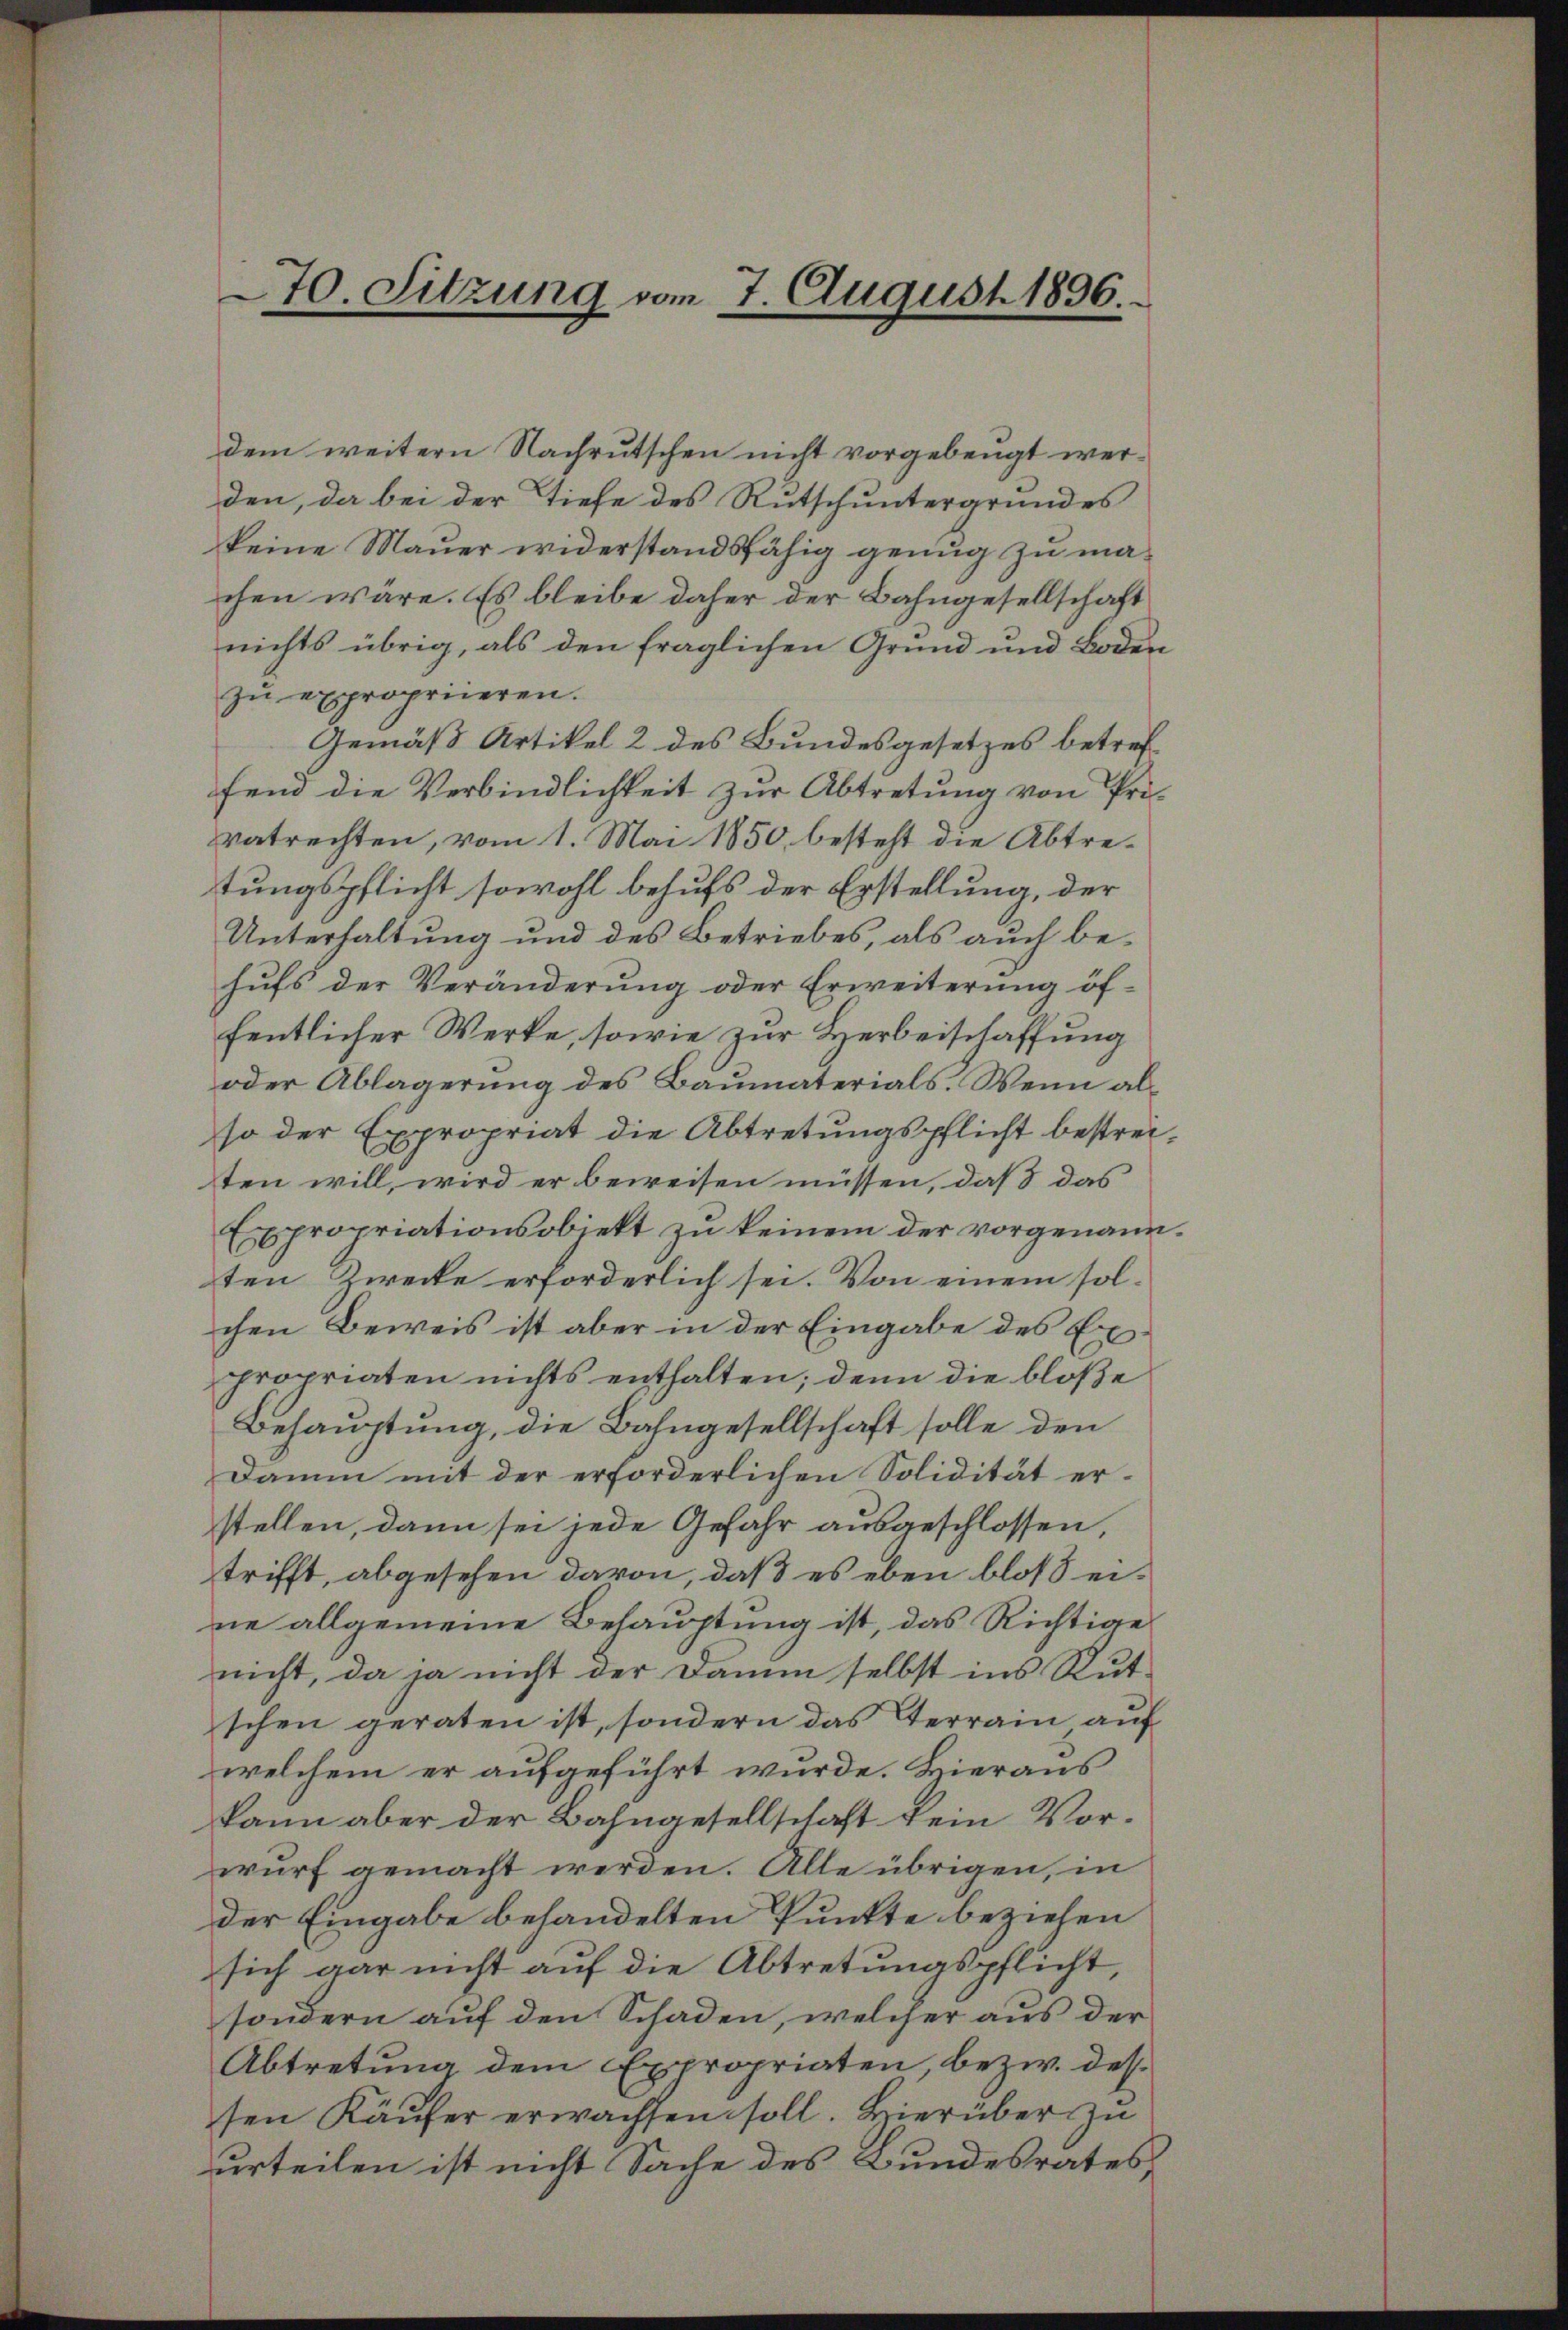
70. Sitzung vom 7. August 1896.

dem weitern Nachrutschen nicht vorgebeugt werden, da bei der Tiefe des Rutschuntergrundes
keine Mauer widerstandsfähig genug zu machen wäre. Es bleibe daher der Bahngesellschaft
nichts übrig, als den fraglichen Grund und Boden
zu expropriieren.
Gemäß Artikel 2 des Bundesgesetzes betreffend die Verbindlichkeit zur Abtretung von Privatrechten, vom 1. Mai 1850 besteht die Abtretungspflicht sowohl behufs der Erstellung, der
Unterhaltung und des Betriebes, als auch behufs der Veränderung oder Erweiterung öffentlicher Werke, sowie zur Herbeischaffung
oder Ablagerung des Baumaterials. Wenn also der Expropriat die Abtretungspflicht bestreiten will, wird er beweisen müssen, daß das
Expropriationsobjekt zu keinem der vorgenanng
ten Zwecke erforderlich sei. Von einem sol-
chen Beweis ist aber in der Eingabe des Expropriaten nichts enthalten; denn die bloße
Behauptung, die Bahngesellschaft solle den
Damun mit der erforderlichen Solidität erstellen, dann sei jede Gefahr ausgeschlossen,
trifft, abgesehen davon, daß es eben bloß eine allgemeine Behauptung ist, das Richtige
nicht, da ja nicht der Damm selbst ins Rutschen geraten ist, sondern das Terrain auf
welchem er aufgeführt wurde. Hieraus
kann aber der Bahngesellschaft kein Vorwurf gemacht werden. Alle übrigen, in
der Eingabe behandelten Punkte beziehen
sich gar nicht auf die Abtretungspflicht,
sondern auf den Schaden, welcher aus der
Abtretung dem Expropriaten, bezw. dessen Käufer erwachsen soll. Hierüber zu
urteilen ist nicht Sache des Bundesrates,